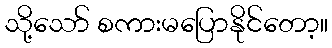
သို့သော် စကားမပြောနိုင်တော့။